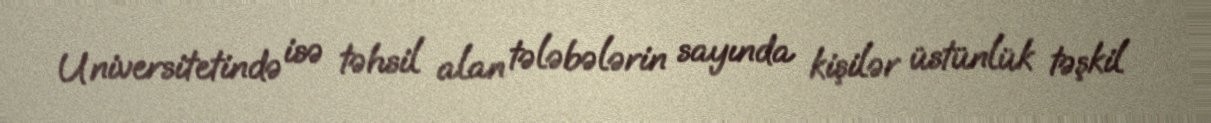
Universitetində isə təhsil alan tələbələrin sayında kişilər üstünlük təşkil